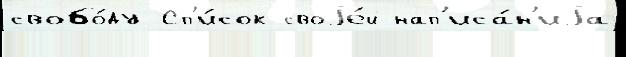
свобо́ду Сп'и́сок своjе́й нап'иса́н'иjа